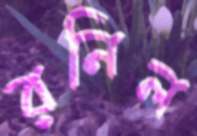
রনিল